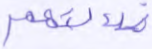
ضلالتهم